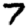
Digit: 7